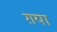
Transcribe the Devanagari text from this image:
ग़या